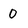
Character: 0